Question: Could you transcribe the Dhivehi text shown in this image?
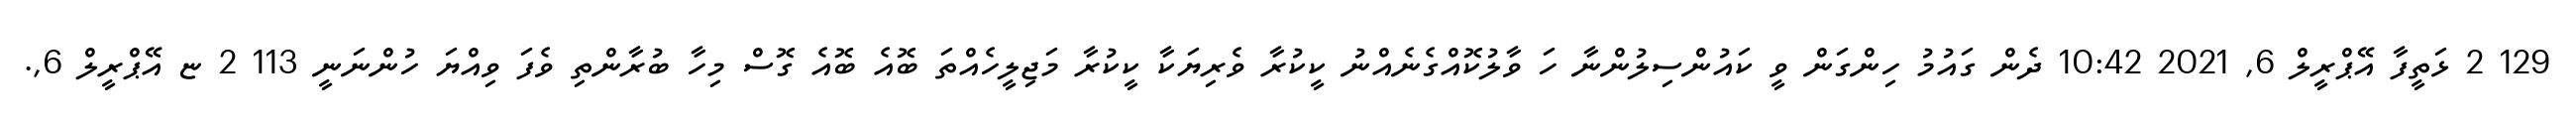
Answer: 129 2 ޅަތީފާ އޭޕްރީލް 6, 2021 10:42 ދެން ގައުމު ހިންގަން ވީ ކައުންސިލުންނާ ހަ ވާލުކޮއްގެނެއްނު ކީކުރާ ވެރިޔަކާ ކީކުރާ މަޖިލީހެއްތަ ބޮއެ ބޮއެ ގޮސް މިހާ ބުރާންތި ވެފަ ވިއްޔަ ހުންނަނީ 113 2 ޏ އޭޕްރީލް 6,.